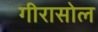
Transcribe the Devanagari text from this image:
गीरासोल